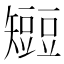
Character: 𥐍